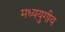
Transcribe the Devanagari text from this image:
मध्ययुगीय